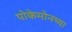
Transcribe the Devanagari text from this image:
पोकेमोनच्या